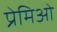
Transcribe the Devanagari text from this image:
प्रेमिओ